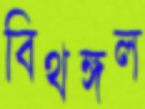
বিথঙ্গল